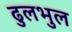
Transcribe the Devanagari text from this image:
ढुलभुल